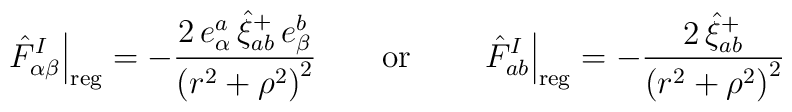
\left. \hat{F}_{\alpha \beta }^I\right| _{{\rm reg}}=-\frac{2\,e_\alpha ^a\,\hat{\xi}_{ab}^{+}\,e_\beta ^b}{\left( r^2+\rho ^2\right) ^2}\qquad {\rm or}\qquad\left. \hat{F}_{ab}^I\right| _{{\rm reg}}=-\frac{2\,\hat{\xi}_{ab}^{+}}{\left( r^2+\rho ^2\right) ^2}